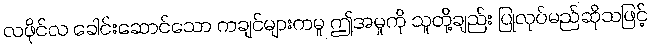
လဖိုင်လ ခေါင်းဆောင်သော ကချင်များကမူ ဤအမှုကို သူတို့ချည်း ပြုလုပ်မည်ဆိုသဖြင့်